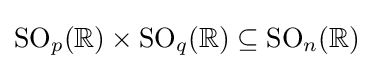
\operatorname {SO} _{p}(\mathbb {R} )\times \operatorname {SO} _{q}(\mathbb {R} )\subseteq \operatorname {SO} _{n}(\mathbb {R} )